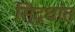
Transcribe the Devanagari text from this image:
सि्द्धांत